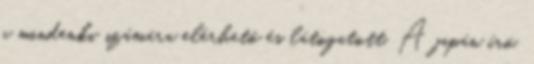
a mindenki számára elérhető és látogatott. A japán író,